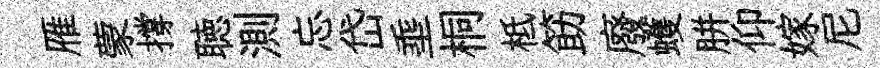
雁蒙撐聴測忘岱埀桐柢筯廢蠖胼仰嫁尼